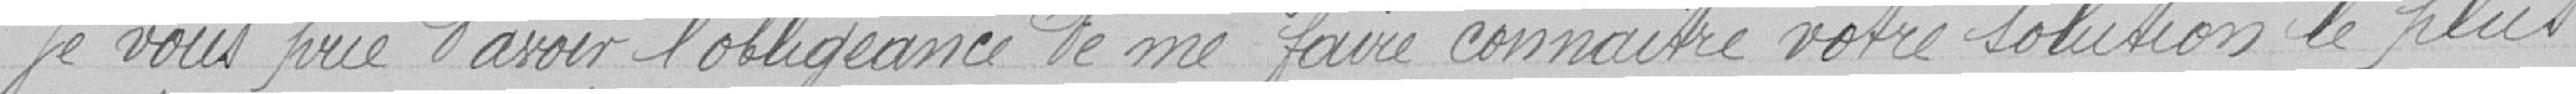
Je vous prie d'avoir l'obligeance de me faire connaître votre solution le plus